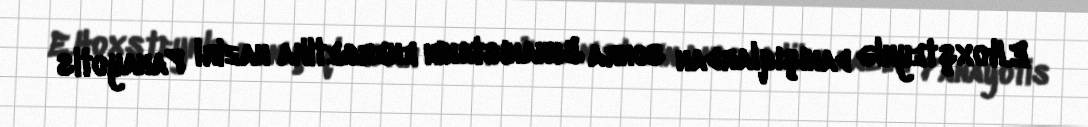
E.Hoxşteynlə danışıqlardan sonra Yunanıstanın energetika naziri Panayotis